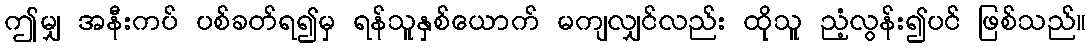
ဤမျှ အနီးကပ် ပစ်ခတ်ရ၍မှ ရန်သူနှစ်ယောက် မကျလျှင်လည်း ထိုသူ ညံ့လွန်း၍ပင် ဖြစ်သည်။